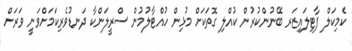
ކެމިކަލް ފާޓިލައިޒަރ ބޭނުންކުރުން ކުއްލި ގޮތަކަށް މުޅިން ހުއްޓާލުމުން ސްރީލަންކާ ދަނޑުވެރިކަމަށްވަނީ ވަރަށް